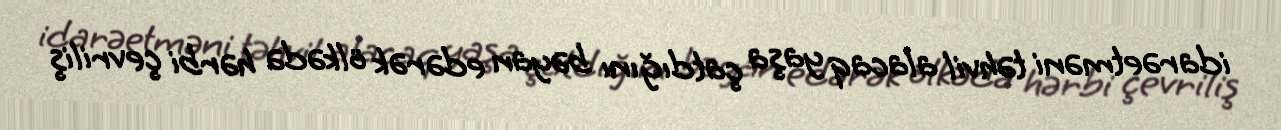
idarəetməni təhvil alacaq yaşa çatdığını bəyan edərək ölkədə hərbi çevriliş